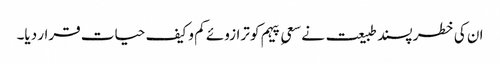
ان کی خطر پسند طبیعت نے سعیِ پیہم کو ترازوئے کم و کیف حیات قرار دیا۔